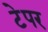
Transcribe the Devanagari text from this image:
टेपर